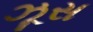
ઝૂસ